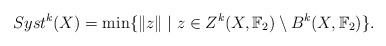
\begin{align*}Syst^k(X) = \min\{\|z\|\;|\;z \in Z^k(X,\mathbb{F}_2) \setminus B^k(X,\mathbb{F}_2)\}.\end{align*}